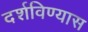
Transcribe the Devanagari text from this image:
दर्शविण्यास